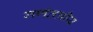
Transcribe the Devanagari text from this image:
गणंतत्रीय